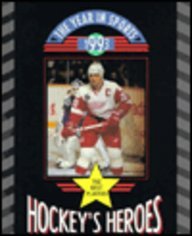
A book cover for Hockey's Heroes 1993 (Year in Sports); Bob Italia; Teen & Young Adult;